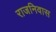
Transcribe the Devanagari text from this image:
राजनिवास